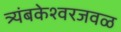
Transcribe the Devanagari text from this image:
त्र्यंबकेश्वरजवळ